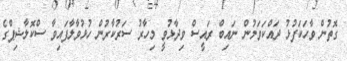
ގޮތުން ވާހަކަފުޅު ދައްކަވަމުން ނައިބް ރައީސް ވިދާޅުވީ މިހާރު ސަރުކާރުން ހުޅުވާލާފައިވާ ސްކޮލާޝިޕްގެ